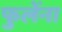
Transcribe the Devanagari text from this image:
फुलेंना